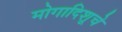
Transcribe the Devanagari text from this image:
मोगादिशूचे